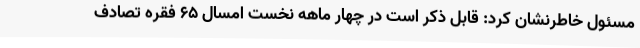
مسئول خاطرنشان کرد: قابل ذکر است در چهار ماهه نخست امسال 65 فقره تصادف